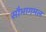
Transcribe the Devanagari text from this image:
सौभागमल